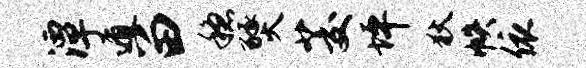
潭遁留稳燹茭坪狄帙依